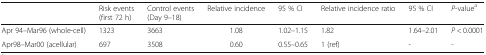
<table><thead><tr><td></td><td><b>Risk events (first 72 h)</b></td><td><b>Control events (Day 9–18)</b></td><td><b>Relative incidence</b></td><td><b>95 % CI</b></td><td><b>Relative incidence ratio</b></td><td><b>95 % CI</b></td><td><b><i>P</i>-value<sup>a</sup></b></td></tr></thead><tbody><tr><td>Apr 94–Mar96 (whole-cell)</td><td>1323</td><td>3663</td><td>1.08</td><td>1.02–1.15</td><td>1.82</td><td>1.64–2.01</td><td><i>P</i> &lt; 0.0001</td></tr><tr><td>Apr98–Mar00 (acellular)</td><td>697</td><td>3508</td><td>0.60</td><td>0.55–0.65</td><td>1 (ref)</td><td>-</td><td>-</td></tr></tbody></table>